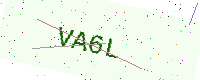
Text: VA6L